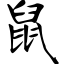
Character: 鼠